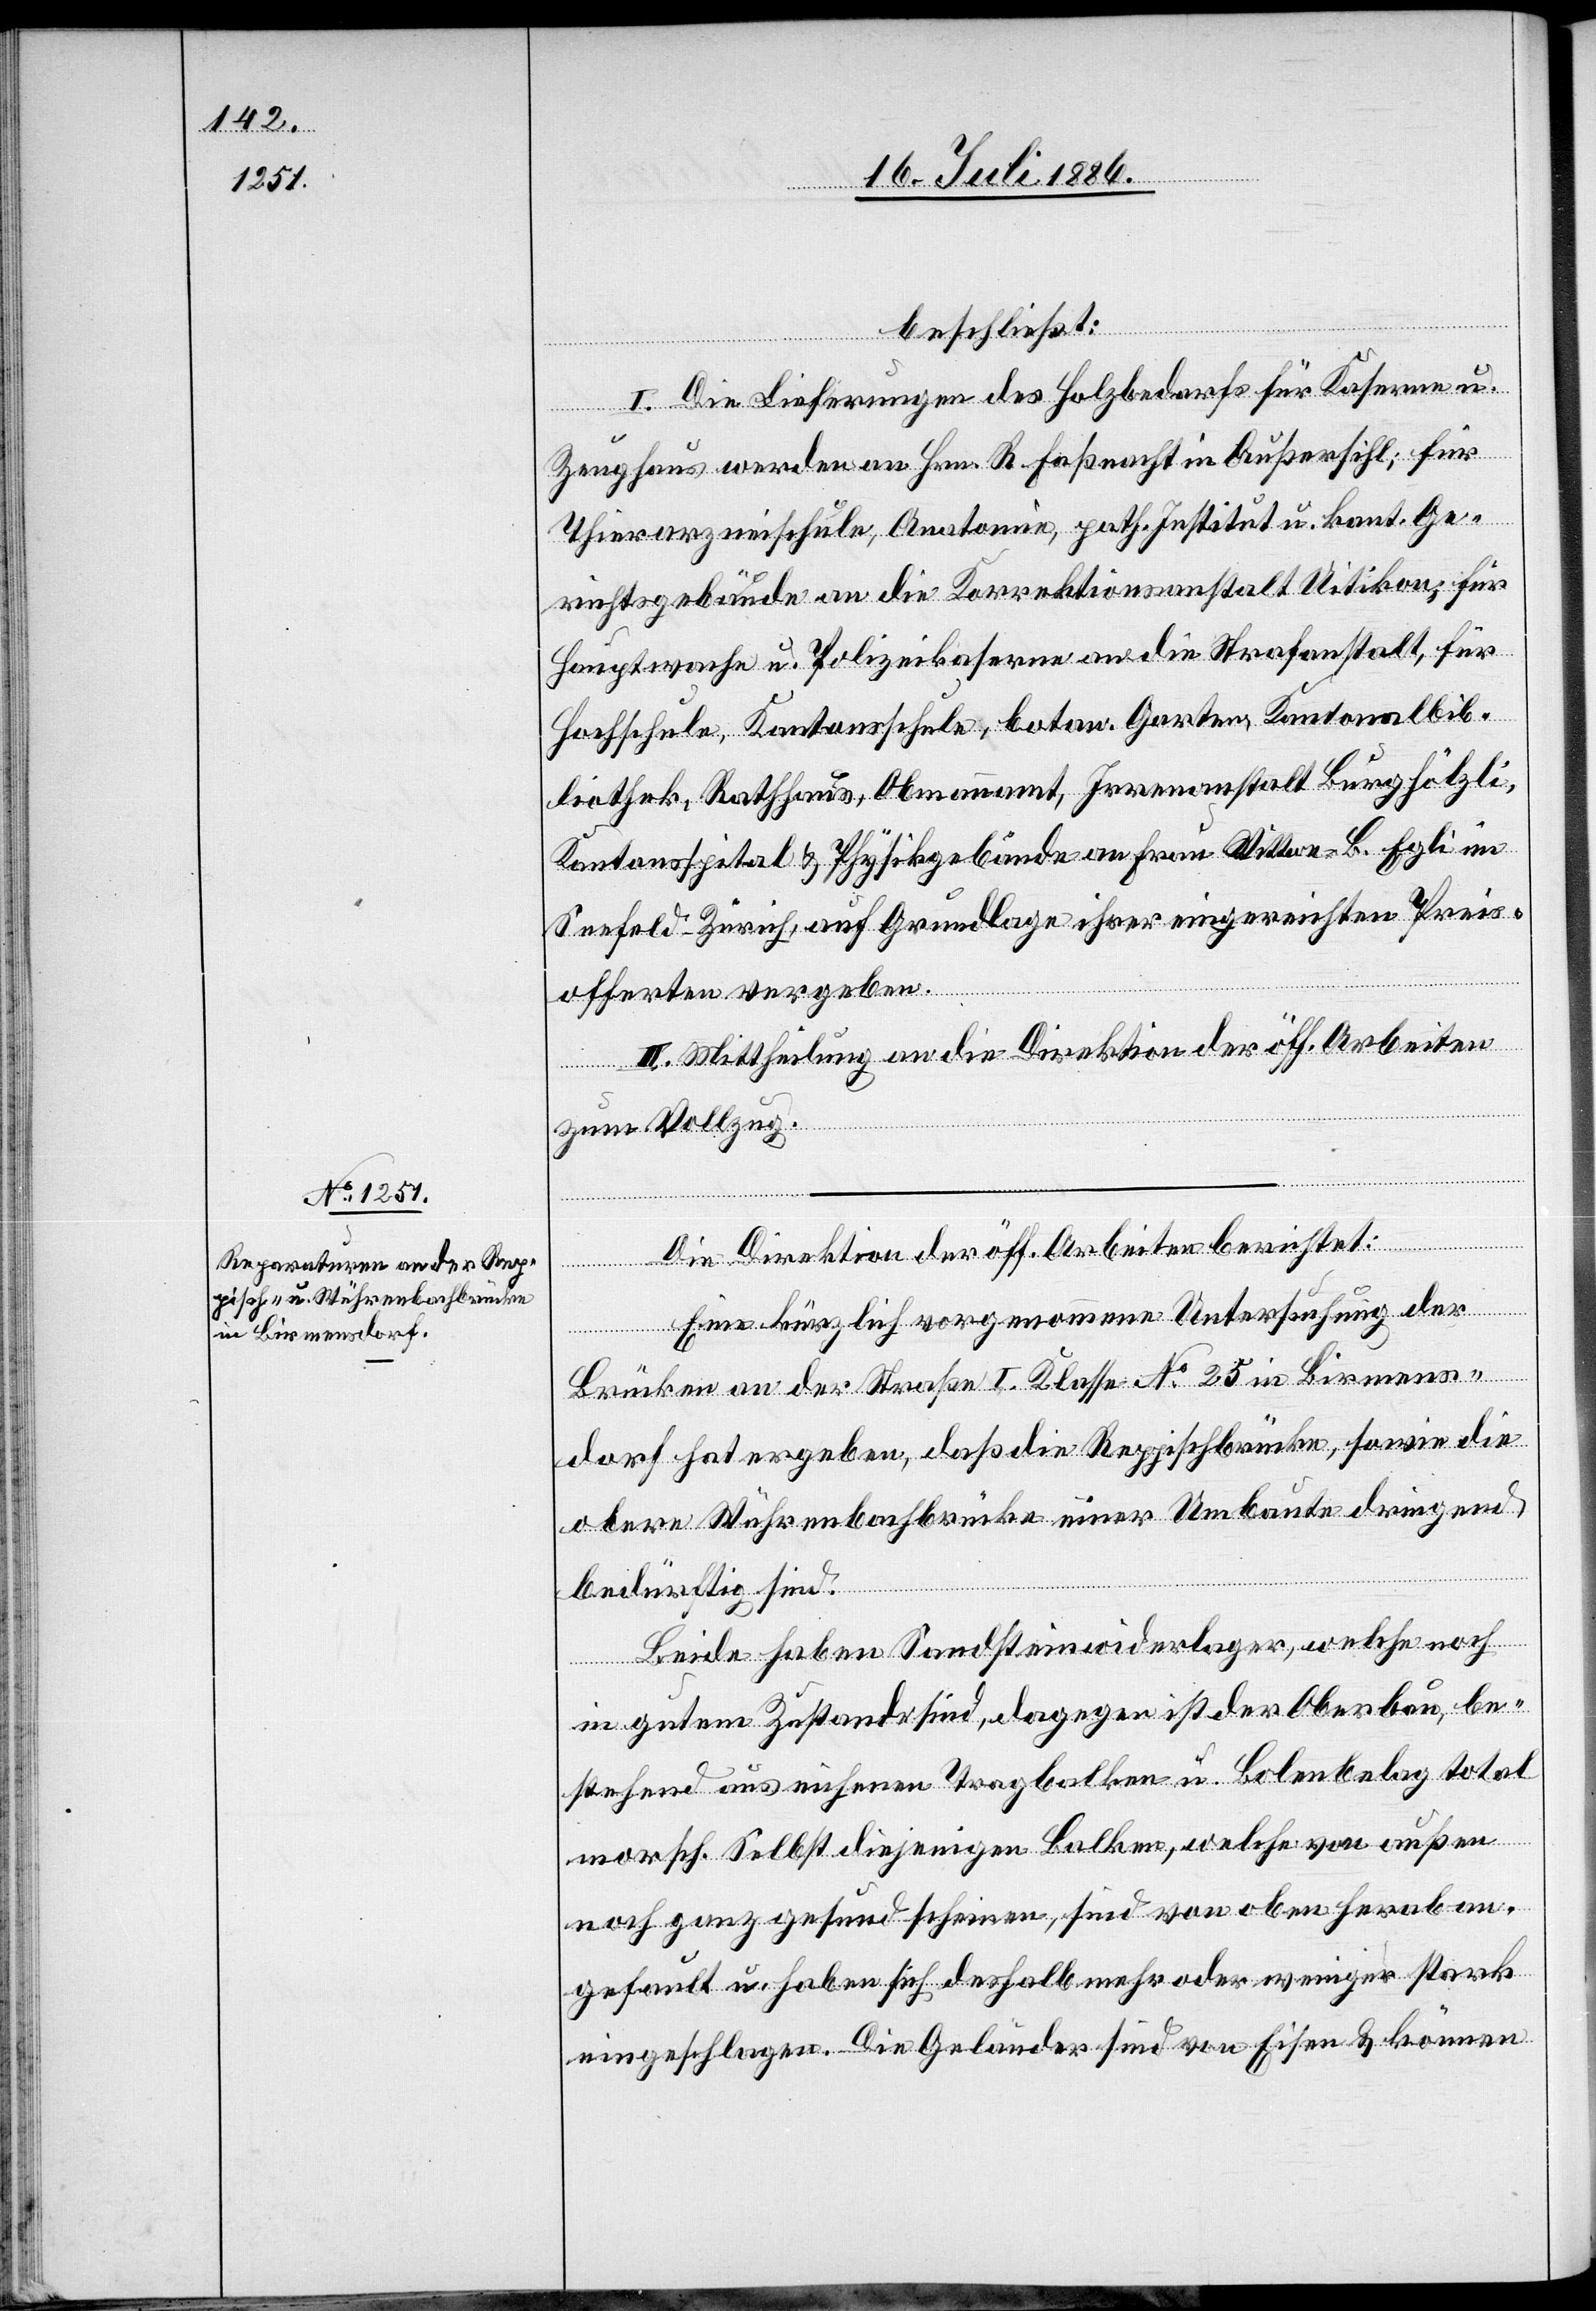
beschließt:
I. Die Lieferungen des Holzbedarfs für Kaserne u.
Zeughaus werden an Hrn. R. Faßnacht in Außersihl; für
Thierarzneischule, Anatomie, path. Institut u. kant. Ge¬
richtsgebäude an die Korrektionsanstalt Uitikon; für
Hauptwache u. Polizeikaserne an die Strafanstalt, für
Hochschule, Kantonsschule, botan. Garten, Kantonalbib¬
liothek, Rathhaus, Obmannamt, Irrenanstalt Burghölzli,
Kantonsspital & Physikgebäude an Frau Wittwe B. Egli im
Seefeld - Zürich, auf Grundlage ihrer eingereichten Preis¬
offerten vergeben.
II. Mittheilung an die Direktion der öff. Arbeiten
zum Vollzug.
Die Direktion der öff. Arbeiten berichtet:
Eine kürzlich vorgenommene Untersuchung der
Brücken an der Straße I. Klasse No 25 in Birmens¬
dorf hat ergeben, daß die Reppischbrücke, sowie die
obere Wührenbachbrücke einer Umbaute dringend
bedürftig sind.
Beide haben Sandsteinwiderlager, welche noch
in gutem Zustande sind, dagegen ist der Oberbau, be¬
stehend aus eichenen Tragbalken u. Bolenbelag total
morsch. Selbst diejenigen Balken, welche von außen
noch ganz gesund scheinen, sind von oben herab an¬
gefault u. haben sich deshalb mehr oder weniger stark
eingeschlagen. Die Geländer sind von Eisen & können